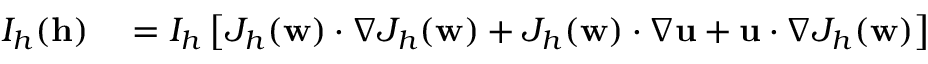
\begin{array} { r l } { I _ { h } ( \mathbf { h } ) } & { { } = I _ { h } \left[ J _ { h } ( \mathbf { w } ) \cdotp \nabla J _ { h } ( \mathbf { w } ) + J _ { h } ( \mathbf { w } ) \cdotp \nabla \mathbf { u } + \mathbf { u } \cdotp \nabla J _ { h } ( \mathbf { w } ) \right] } \end{array}